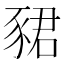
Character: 𬥀